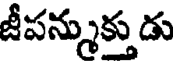
జీపన్నుక్తు డు